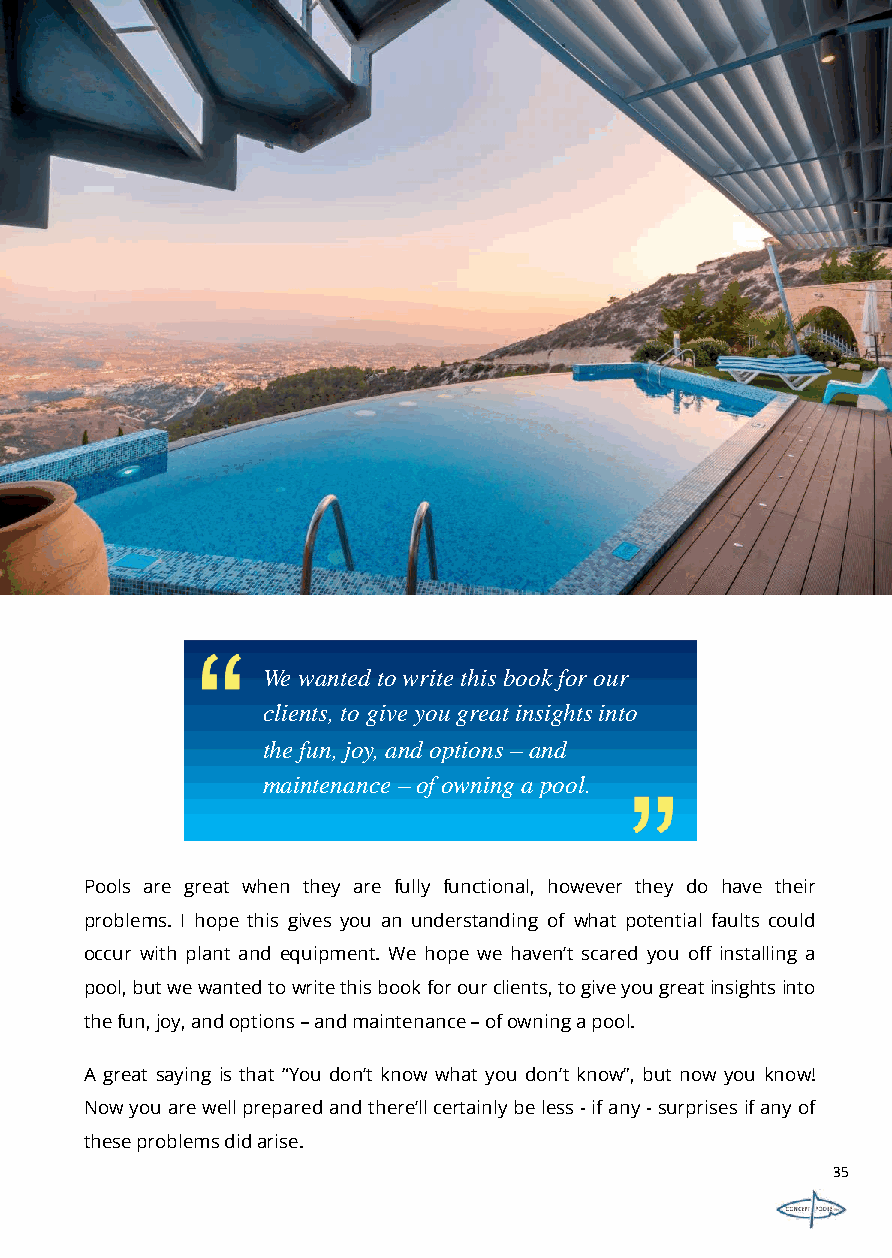
We wanted to write this book for our
 clients, to give you great insights into
 the fun, joy, and options –and
 maintenance –of owning a pool.
 Pools are great when they are fully functional, however they do have their
 problems. I hope this gives you an understanding of what potential faults could
 occur with plant and equipment. We hope we haven’t scared you off installing a
 pool,butwewantedtowritethisbookforourclients,togiveyougreatinsightsinto
 thefun,joy,andoptions–andmaintenance–ofowningapool.
 A great saying is that “You don’t know what you don’t know”, but now you know!
 Nowyouarewellpreparedandthere’llcertainlybeless-ifany-surprisesifanyof
 theseproblemsdidarise.
 35